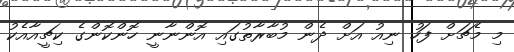
މި މެޗަށް ފަހު ނިއު އަށް ދެން މުބާރާތުގައި އޮންނާނީ ހޮންކޮންގެ ކިޗީއާއެކު